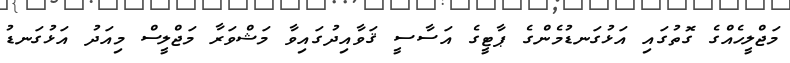
މަޖްލީހެއްގެ ގޮތުގައި އަޅުގަނޑުމެންގެ ޕާޓީގެ އަސާސީ ޤަވާއިދުގައިވާ މަޝްވަރާ މަޖްލީސް މިއަދު އަޅުގަނޑު